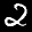
Label: 2